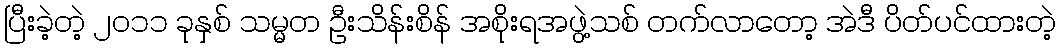
ပြီးခဲ့တဲ့ ၂၀၁၁ ခုနှစ် သမ္မတ ဦးသိန်းစိန် အစိုးရအဖွဲ့သစ် တက်လာတော့ အဲဒီ ပိတ်ပင်ထားတဲ့